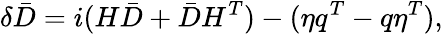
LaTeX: \delta\bar{D}=i(H\bar{D}+\bar{D}H^{T})-(\eta q^{T}-q\eta^{T}),